Indian journal of veterinary science and animal husbandry - Volumes 18-21, 1948-1951
Year: 1948
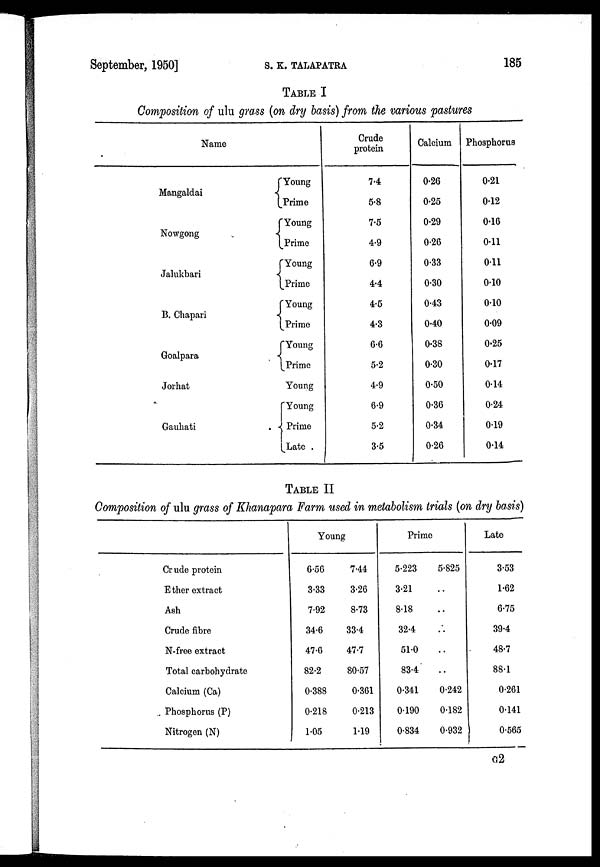
September, 1950]
S.
K.
TALAPATRA
185
TABLE I
Composition of ulu grass (on dry basis) from the various pastures
Name
Mangaldai
Nowgong
Jalukbari
B. Chapari
Goalpara
Jorhat
Gauhati
Young
Prime
Young
Prime
Young
Prime
Young
Prime
Young
Prime
Young
Young
Prime
Late
Crude
protein
7.4
5.8
7.5
4.9
6.9
4.4
4.5
4.3
6.6
5.2
4.9
6.9
5.2
3.5
Calcium
0.26
0.25
0.29
0.26
0.33
0.30
0.43
0.40
0.38
0.30
0.50
0.36
0.34
0.26
Phosphorus
0.21
0.12
0.16
0.11
0.11
0.10
0.10
0.09
0.25
0.17
0.14
0.24
0.19
0.14
TABLE II
Composition of ulu grass of Khanapara Farm used in metabolism trials (on dry basis)
Crude protein
Ether extract
Ash
Crude fibre
N-free extract
Total carbohydrate
Calcium (Ca)
Phosphorus (P)
Nitrogen (N)
Young
6.56
3.33
7.92
34.6
47.6
82.2
0.388
0.218
1.05
7.44
3.26
8.73
33.4
47.7
80.57
0.361
0.213
1.19
Prime
5.223
3.21
8.18
32.4
51.0
83.4
0.341
0.190
0.834
5.825
..
..
..
..
..
0.242
0.182
0.932
Late
3.53
1.62
6.75
39.4
48.7
88.1
0.261
0.141
0.565
G2